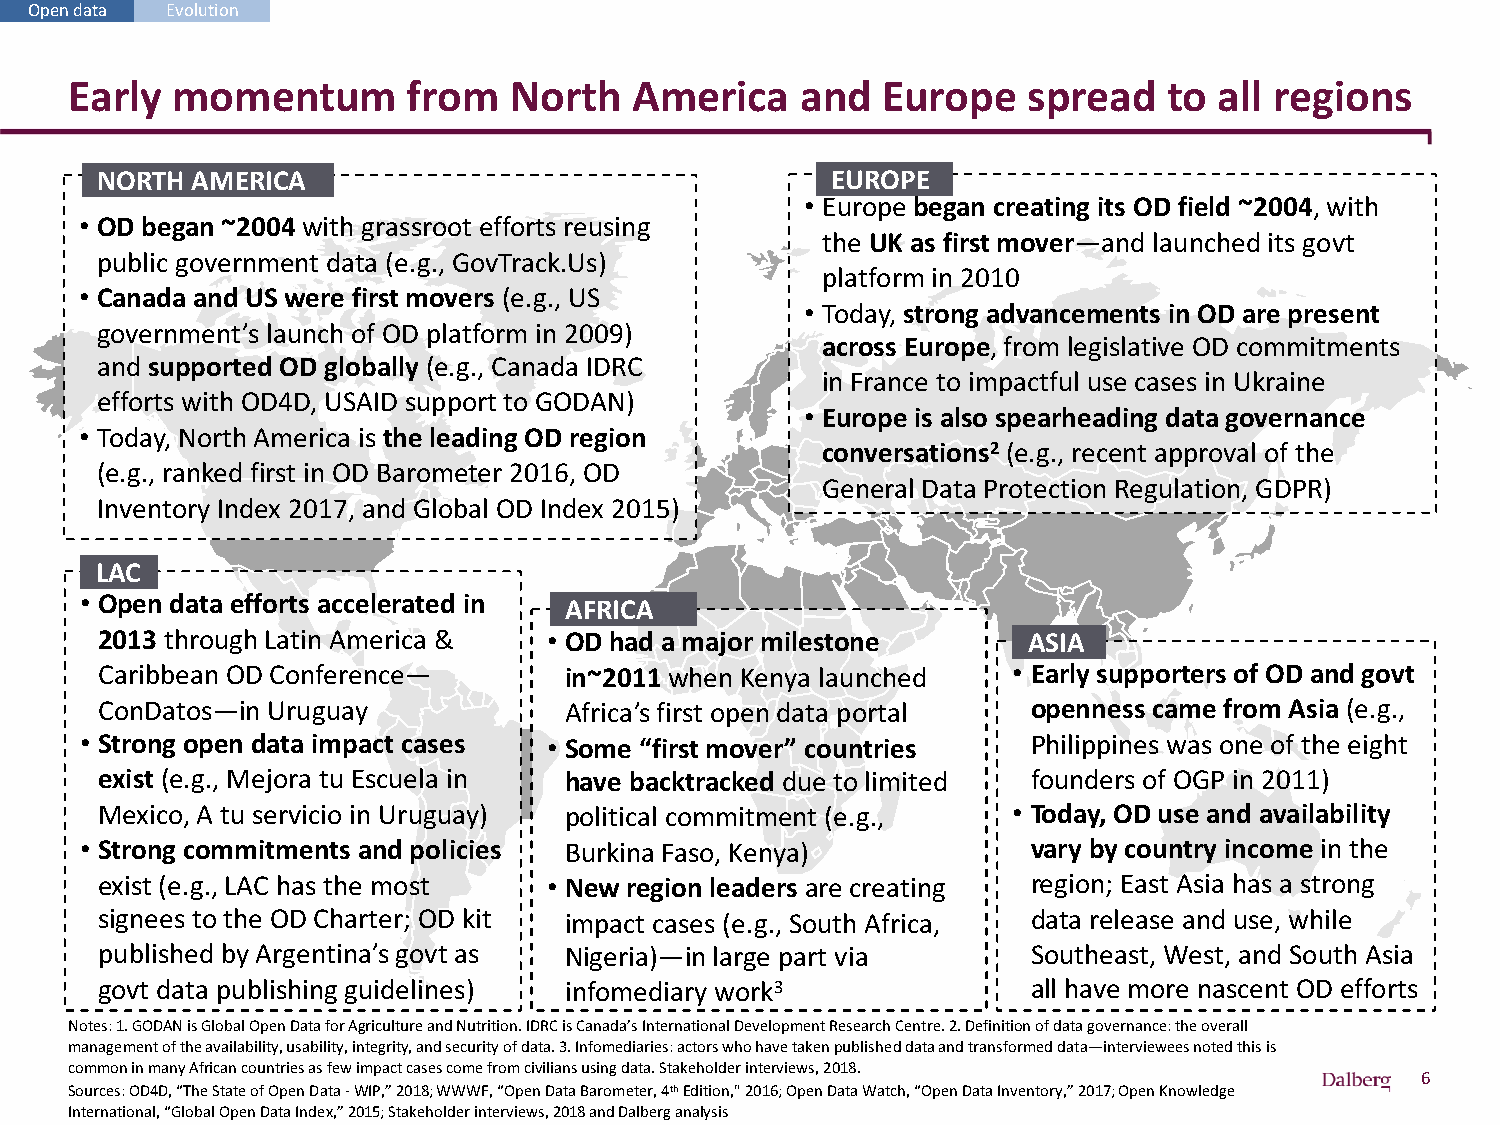
Open data Evolution
 Early momentum        from   North   America    and  Europe    spread   to  all regions
 NORTH  AMERICA                                   EUROPE
 • Europe began creating its OD field ~2004, with
 • OD began ~2004 with grassroot efforts reusing
 the UK as first mover—and launched its govt
 public government data (e.g., GovTrack.Us)
 platform in 2010
 • Canada and US were first movers (e.g., US
 • Today, strong advancements in OD are present
 government’s launch of OD platform in 2009)
 across Europe, from legislative OD commitments
 and supported OD globally (e.g., Canada IDRC
 in France to impactful use cases in Ukraine
 efforts with OD4D, USAID support to GODAN)
 • Europe is also spearheading data governance
 • Today, North America is the leading OD region
 conversations2 (e.g., recent approval of the
 (e.g., ranked first in OD Barometer 2016, OD
 General Data Protection Regulation, GDPR)
 Inventory Index 2017, and Global OD Index 2015)
 LAC
 • Open data efforts accelerated in AFRICA
 2013 through Latin America &  • OD had a major milestone      ASIA
 Caribbean OD Conference—       in~2011 when Kenya launched   • Early supporters of OD and govt
 ConDatos—in Uruguay            Africa’s first open data portal openness came from Asia (e.g.,
 • Strong open data impact cases • Some “first mover” countries Philippines was one of the eight
 exist (e.g., Mejora tu Escuela in have backtracked due to limited founders of OGP in 2011)
 Mexico, A tu servicio in Uruguay) political commitment (e.g., • Today, OD use and availability
 • Strong commitments and policies Burkina Faso, Kenya)         vary by country income in the
 exist (e.g., LAC has the most • New region leaders are creating region; East Asia has a strong
 signees to the OD Charter; OD kit impact cases (e.g., South Africa, data release and use, while
 published by Argentina’s govt as Nigeria)—in large part via   Southeast, West, and South Asia
 govt data publishing guidelines) infomediary work3            all have more nascent OD efforts
 Notes: 1. GODAN is Global Open Data for Agriculture and Nutrition. IDRC is Canada’s International Development Research Centre. 2. Definition of data governance: the overall
 management of the availability, usability, integrity, and security of data. 3. Infomediaries: actors who have taken publisheddata and transformed data—interviewees noted this is
 common in many African countries as few impact cases come from civilians using data. Stakeholder interviews, 2018.
 6
 Sources: OD4D, “The State of Open Data -WIP,” 2018; WWWF, “Open Data Barometer, 4thEdition," 2016; Open Data Watch, “Open Data Inventory,” 2017; Open Knowledge
 International, “Global Open Data Index,” 2015; Stakeholder interviews, 2018 and Dalberg analysis